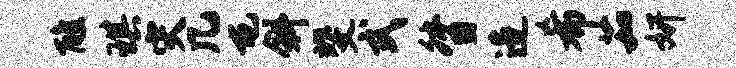
醮琪灾几屯斜斐式督造希茹妍